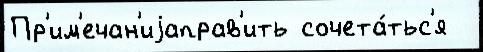
Пр'им'ечан'иjаправ'ить сочета́тьс'я